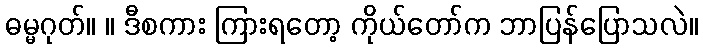
ဓမ္မဂုတ်။ ။ ဒီစကား ကြားရတော့ ကိုယ်တော်က ဘာပြန်ပြောသလဲ။